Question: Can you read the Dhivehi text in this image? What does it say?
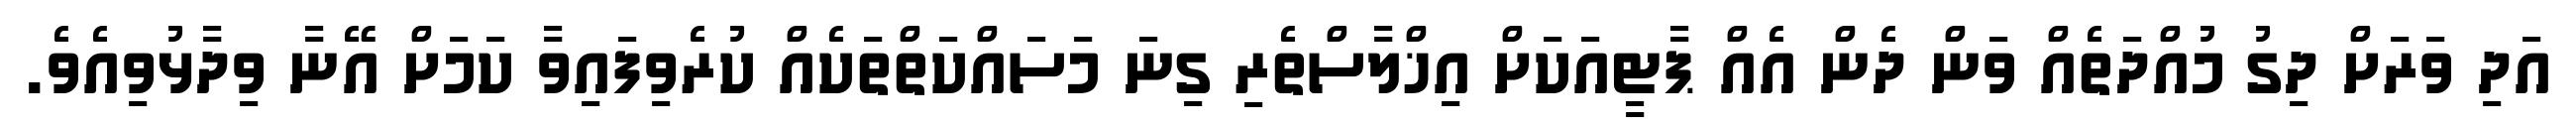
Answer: އަދި ވަރަށް ދިގު މުއްދަތެއް ވަން ދެން އެއް ޕާޓީއަކަށް އިޚްލާސްތެރި ގިނަ މަސައްކަތްތަކެއް ކުރެވިފައިވާ ކަމަށް އޭނާ ވިދާޅުވިއެވެ.